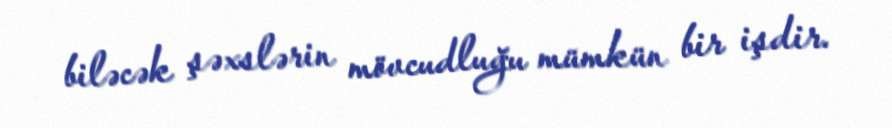
biləcək şəxslərin mövcudluğu mümkün bir işdir.